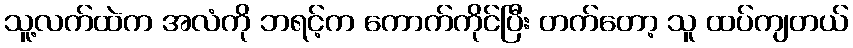
သူ့လက်ထဲက အလံကို ဘရင့်က ကောက်ကိုင်ပြီး တက်တော့ သူ ထပ်ကျတယ်